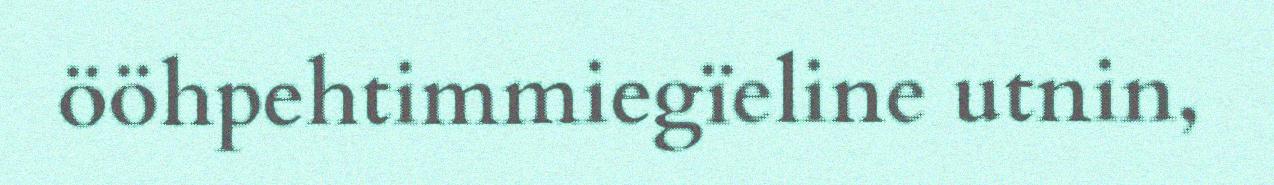
ööhpehtimmiegïeline utnin,